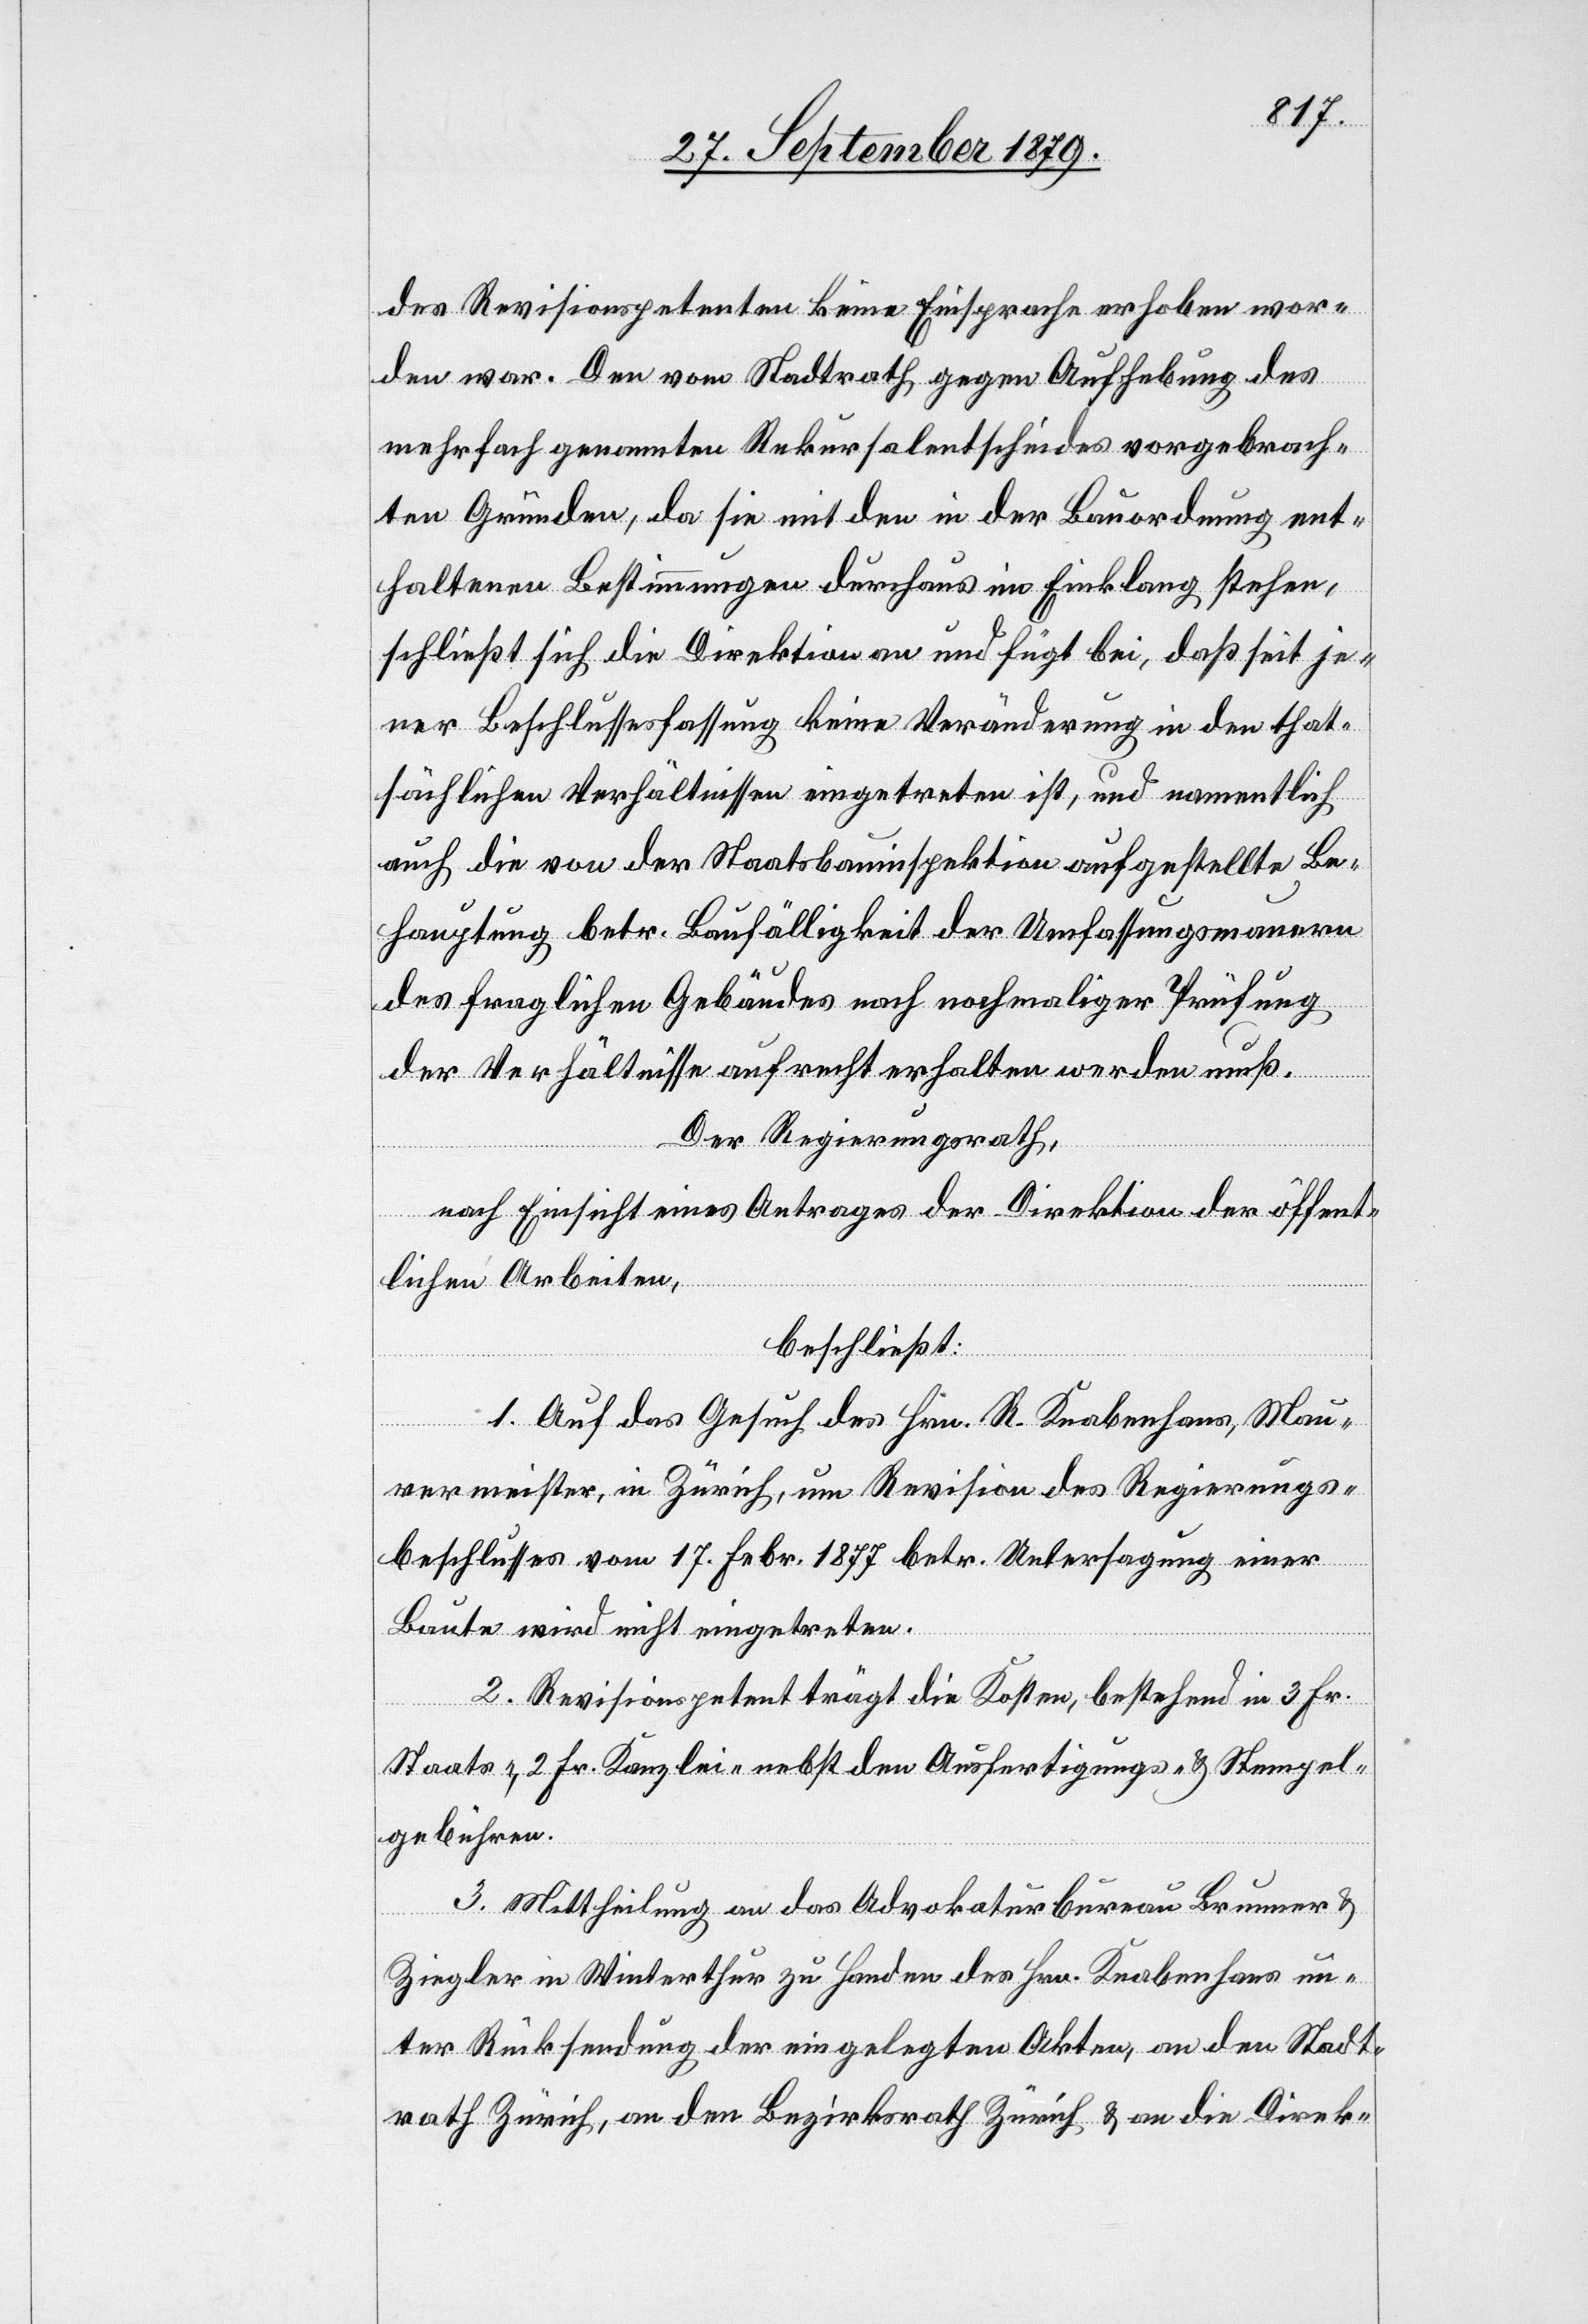
des Revisionspetenten keine Einsprache erhoben wor¬
den war. Den vom Stadtrath gegen Aufhebung des
mehrfach genannten Rekursalentscheides vorgebrach¬
ten Gründen, da sie mit den in der Bauordnung ent¬
haltenen Bestimmungen durchaus im Einklang stehen,
schließt sich die Direktion an und fügt bei, daß seit je¬
ner Beschlussesfassung keine Veränderung in den that¬
sächlichen Verhältnissen eingetreten ist, und namentlich
auch die von der Staatsbauinspektion aufgestellte Be¬
hauptung betr. Baufälligkeit der Umfassungsmauern
des fraglichen Gebäudes nach nochmaliger Prüfung
der Verhältnisse aufrecht erhalten werden muß.
Der Regierungsrath,
nach Einsicht eines Antrages der Direktion der öffent¬
lichen Arbeiten,
beschließt:
1. Auf das Gesuch des Hrn. R. Knabenhans, Mau¬
rermeister, in Zürich, um Revision des Regierungs¬
beschlusses vom 17. Febr. 1877 betr. Untersagung einer
Baute wird nicht eingetreten.
2. Revisionspetent trägt die Kosten, bestehend in 3 Fr.
Staats-, 2 Fr. Kanzlei- nebst den Ausfertigungs- und Stempel¬
gebühren.
3. Mittheilung an das Advokaturbureau Brunner &
Ziegler in Winterthur zu Handen des Hrn. Knabenhans un¬
ter Rücksendung der eingelegten Akten, an den Stadt¬
rath Zürich, an den Bezirksrath Zürich & an die Direk-